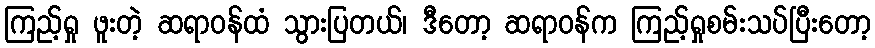
ကြည့်ရှု ဖူးတဲ့ ဆရာဝန်ထံ သွားပြတယ်၊ ဒီတော့ ဆရာဝန်က ကြည့်ရှုစမ်းသပ်ပြီးတော့